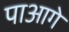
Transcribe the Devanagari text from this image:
पाआगे